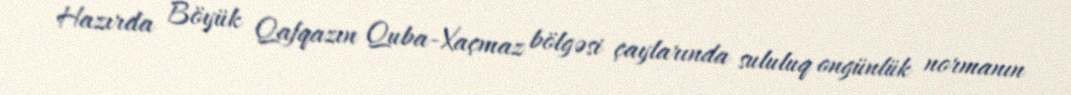
Hazırda Böyük Qafqazın Quba-Xaçmaz bölgəsi çaylarında sululuq ongünlük normanın